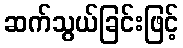
ဆက်သွယ်ခြင်းဖြင့်